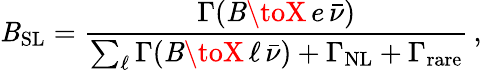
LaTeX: \mathit{B}_{\mathrm{{SL}}}={\frac{{\Gamma(\mathit{B}\toX\, e\, \bar{{\nu}})}}{{\sum_{\ell}\Gamma(\mathit{B}\toX\, \ell\, \bar{{\nu}})+\Gamma_{\mathrm{{NL}}}+\Gamma_{\mathrm{{rare}}}}}}\, ,